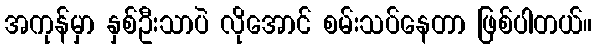
အကုန်မှာ နှစ်ဦးသာပဲ လိုအောင် စမ်းသပ်နေတာ ဖြစ်ပါတယ်။